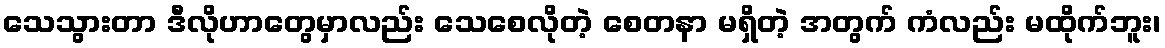
သေသွားတာ ဒီလိုဟာတွေမှာလည်း သေစေလိုတဲ့ စေတနာ မရှိတဲ့ အတွက် ကံလည်း မထိုက်ဘူး၊